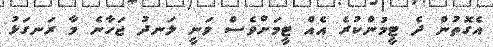
އެގޮތުން ދެ ޓީމުންކުރެ އެއް ޓީމަށްވެސް ވަނީ ލަނދު ޖަހާނެ މާ ރަނގަޅު